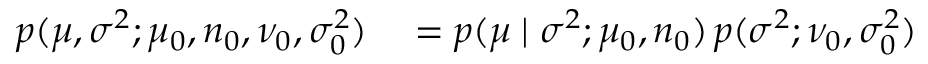
\begin{array} { r l } { p ( \mu , \sigma ^ { 2 } ; \mu _ { 0 } , n _ { 0 } , \nu _ { 0 } , \sigma _ { 0 } ^ { 2 } ) } & { { } = p ( \mu \mid \sigma ^ { 2 } ; \mu _ { 0 } , n _ { 0 } ) \, p ( \sigma ^ { 2 } ; \nu _ { 0 } , \sigma _ { 0 } ^ { 2 } ) } \end{array}